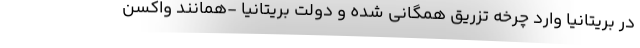
در بریتانیا وارد چرخه تزریق همگانی شده و دولت بریتانیا -همانند واکسن